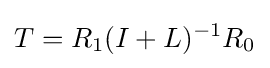
T=R_{1}(I+L)^{-1}R_{0}